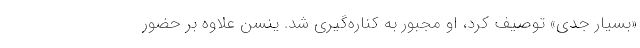
«بسیار جدی» توصیف کرد، او مجبور به کناره‌گیری شد. ینسن علاوه بر حضور